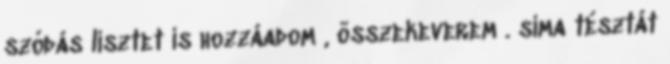
szódás lisztet is hozzáadom , összekeverem . sima tésztát